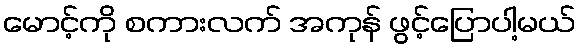
မောင့်ကို စကားလက် အကုန် ဖွင့်ပြောပါ့မယ်